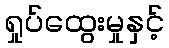
ရှုပ်ထွေးမှုနှင့်